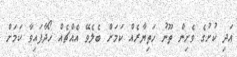
އަދި ކުށުގެ ވެށިން ތޫނު ހަތިޔާރެއް ކަމަށް ބެލެވޭ އެއްޗެއް ހޯދާފައިވާ ކަމަށް